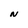
Character: N